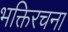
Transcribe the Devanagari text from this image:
भक्तिरचना